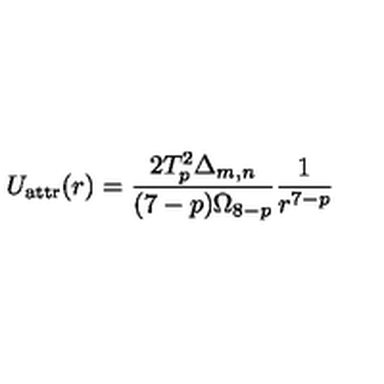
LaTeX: U _ { \mathrm { a t t r } } ( r ) = \frac { 2 T _ { p } ^ { 2 } \Delta _ { m , n } } { ( 7 - p ) \Omega _ { 8 - p } } \frac { 1 } { r ^ { 7 - p } }